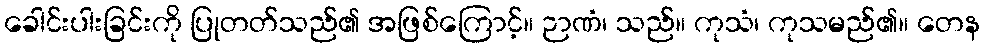
ခေါင်းပါးခြင်းကို ပြုတတ်သည်၏ အဖြစ်ကြောင့်။ ဉာဏံ၊ သည်။ ကုသံ၊ ကုသမည်၏။ တေန